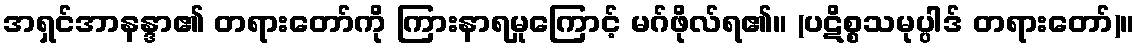
အရှင်အာနန္ဒာ၏ တရားတော်ကို ကြားနာရမှုကြောင့် မဂ်ဖိုလ်ရ၏။ (ပဋိစ္စသမုပ္ပါဒ် တရားတော်)။